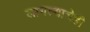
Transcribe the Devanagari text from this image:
लागल्याचेही